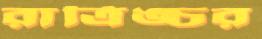
রাত্রিঙ্চর